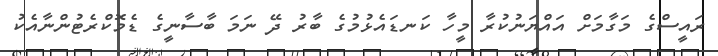
ރައީސްގެ މަގާމަށް އައްޔަނުކުރާ މީހާ ކަނޑައެޅުމުގެ ބާރު ދޭ ނަމަ ބާސާނީގެ ޑެމޮކްރެޓުންނާއެކު